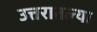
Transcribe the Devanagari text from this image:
उत्तरातल्या